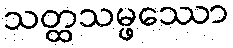
သတ္ထသမ္ဖဿော